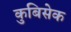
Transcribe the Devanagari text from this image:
कुबिसेक